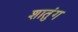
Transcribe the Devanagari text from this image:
शातुंग